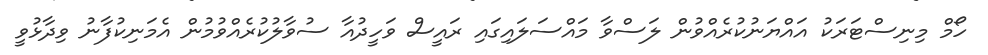
ހޯމް މިނިސްޓަރަކު އައްޔަނުކުރެއްވުން ލަސްވާ މައްސަލައިގައި ރައީސް ވަހީދުއާ ސުވާލުކުރެއްވުމުން އެމަނިކުފާނު ވިދާޅުވީ